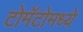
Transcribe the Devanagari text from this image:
टोमॅटोमध्ये